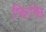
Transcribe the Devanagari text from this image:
फिसि